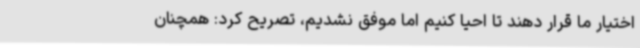
اختیار ما قرار دهند تا احیا کنیم اما موفق نشدیم، تصریح کرد: همچنان